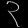
Digit: ၃